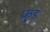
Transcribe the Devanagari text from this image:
फू़्ड